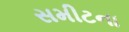
સમીટના